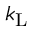
k _ { \mathrm { L } }